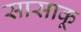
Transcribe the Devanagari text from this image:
सासाकू